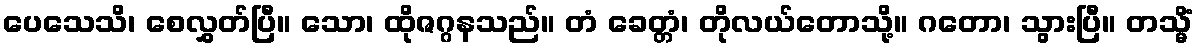
ပေသေသိ၊ စေလွှတ်ပြီ။ သော၊ ထိုဇဂ္ဂနသည်။ တံ ခေတ္တံ၊ တိုလယ်တောသို့။ ဂတော၊ သွားပြီ။ တသ္မိံ